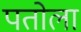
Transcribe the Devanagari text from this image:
पतोला